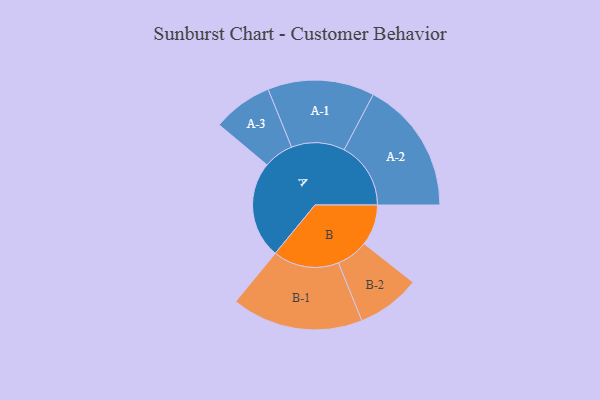
{"axis": {"x": "Segment", "y": "Value"}, "legend": ["", "A", "B"], "data": [{"x": "A", "y": 381, "type": ""}, {"x": "B", "y": 161, "type": ""}, {"x": "A-1", "y": 210, "type": "A"}, {"x": "A-2", "y": 262, "type": "A"}, {"x": "A-3", "y": 118, "type": "A"}, {"x": "B-1", "y": 259, "type": "B"}, {"x": "B-2", "y": 125, "type": "B"}]}